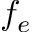
f _ { e }